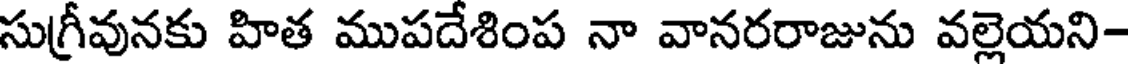
సుగ్రీవునకు హిత ముపదేశింప నా వానరరాజును వల్లెయని-